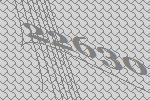
22630